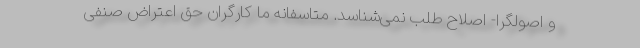
و اصولگرا- اصلاح طلب نمی‌شناسد. متاسفانه ما کارگران حق اعتراض صنفی